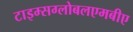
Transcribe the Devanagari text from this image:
टाइम्सग्लोबलएमबीए